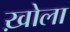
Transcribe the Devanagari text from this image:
ख़ोला